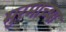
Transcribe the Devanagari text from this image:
मुरमाच्या